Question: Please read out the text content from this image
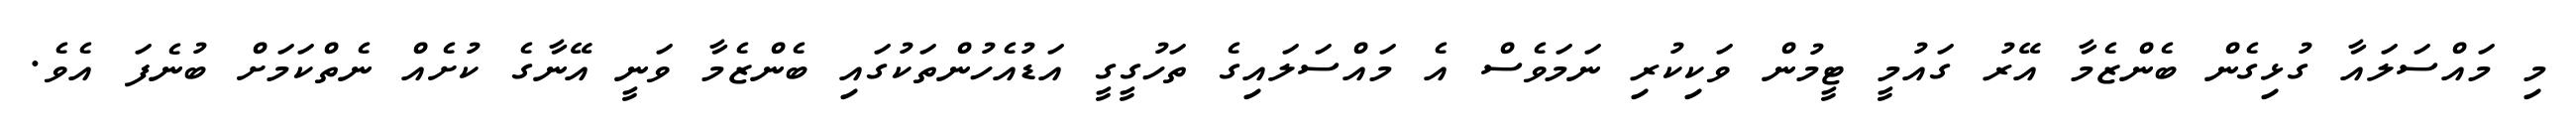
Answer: މި މައްސަލައާ ގުޅިގެން ބެންޒެމާ އޭރު ގައުމީ ޓީމުން ވަކިކުރި ނަމަވެސް އެ މައްސަލައިގެ ތަހުގީގީ އަޑުއެހުންތަކުގައި ބެންޒެމާ ވަނީ އޭނާގެ ކުށެއް ނެތްކަމަށް ބުނެފަ އެވެ.